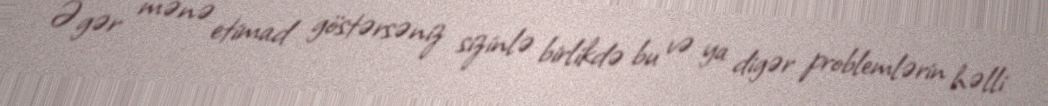
Əgər mənə etimad göstərsəniz sizinlə birlikdə bu və ya digər problemlərin həlli